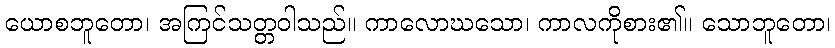
ယောစဘူတော၊ အကြင်သတ္တဝါသည်။ ကာလောဃသော၊ ကာလကိုစား၏။ သောဘူတော၊